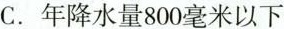
C.年降水量800毫米以下